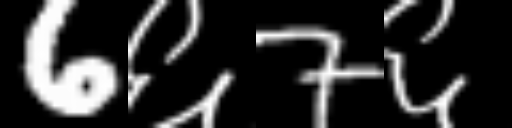
Text: 6६7६